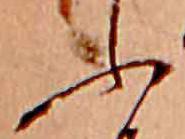
ふ